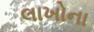
લાખોના